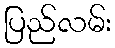
ပြည်လမ်း